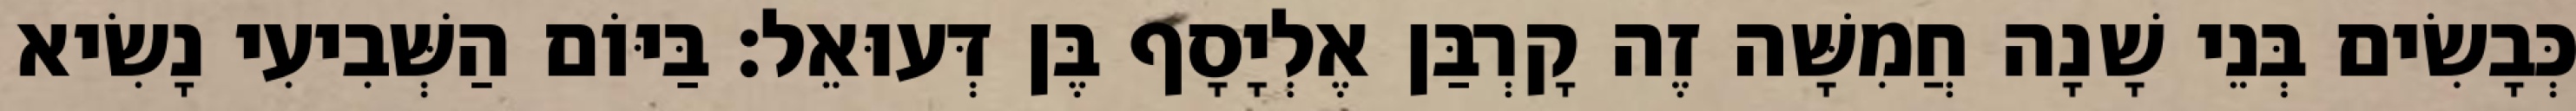
כְּבָשִׂים בְּנֵי שָׁנָה חֲמִשָּׁה זֶה קָרְבַּן אֶלְיָסָף בֶּן דְּעוּאֵל׃ בַּיּוֹם הַשְּׁבִיעִי נָשִׂיא